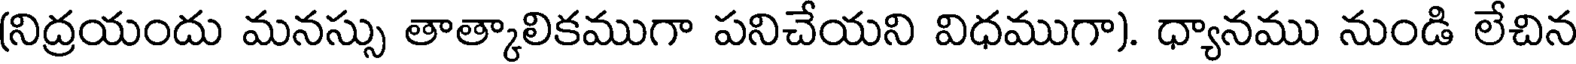
(నిద్రయందు మనస్సు తాత్కాలికముగా పనిచేయని విధముగా). ధ్యానము నుండి లేచిన